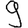
Digit: 9